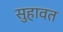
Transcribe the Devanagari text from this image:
सुहावत